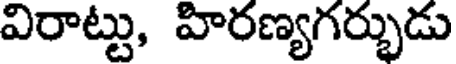
విరాట్టు, హిరణ్యగర్భుడు